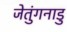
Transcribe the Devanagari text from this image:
जेतुंगनाडु